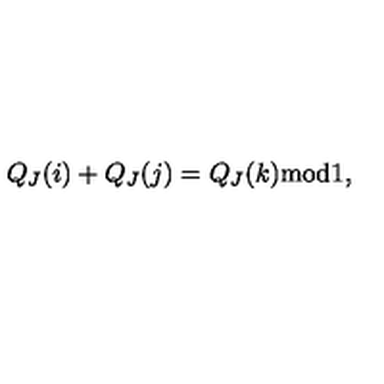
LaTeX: Q _ { J } ( i ) + Q _ { J } ( j ) = Q _ { J } ( k ) \mathrm { m o d } 1 ,